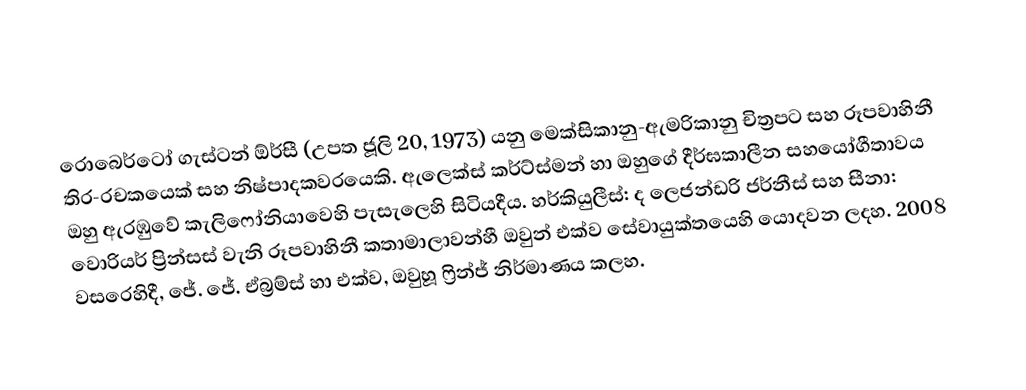
රොබෙර්ටෝ ගැස්ටන් ඕර්සී (උපත ජූලි 20, 1973) යනු මෙක්සිකානු-ඇමරිකානු චිත්‍රපට සහ රූපවාහිනී තිර-රචකයෙක් සහ නිෂ්පාදකවරයෙකි. ඇලෙක්ස් කර්ට්ස්මන්  හා ඔහුගේ දීර්ඝකාලීන සහයෝගීතාවය ඔහු ඇරඹුවේ කැලිෆෝනියාවෙහි පැසැලෙහි සිටියදීය. හර්කියුලීස්: ද ලෙජන්ඩරි ජර්නීස් සහ සීනා: වොරියර් ප්‍රින්සස් වැනි රූපවාහිනී කතාමාලාවන්හී ඔවුන් එක්ව සේවායුක්තයෙහි යොදවන ලදහ. 2008 වසරෙහිදී, ජේ. ජේ. ඒබ්‍රම්ස් හා එක්ව, ඔවුහූ ෆ්‍රින්ජ් නිර්මාණය කලහ.